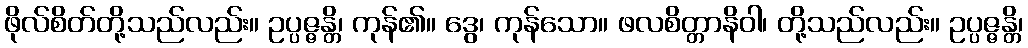
ဖိုလ်စိတ်တို့သည်လည်း။ ဥပ္ပဇ္ဇန္တိ၊ ကုန်၏။ ဒွေ၊ ကုန်သော။ ဖလစိတ္တာနိဝါ၊ တို့သည်လည်း။ ဥပ္ပဇ္ဇန္တိ၊